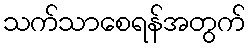
သက်သာစေရန်အတွက်